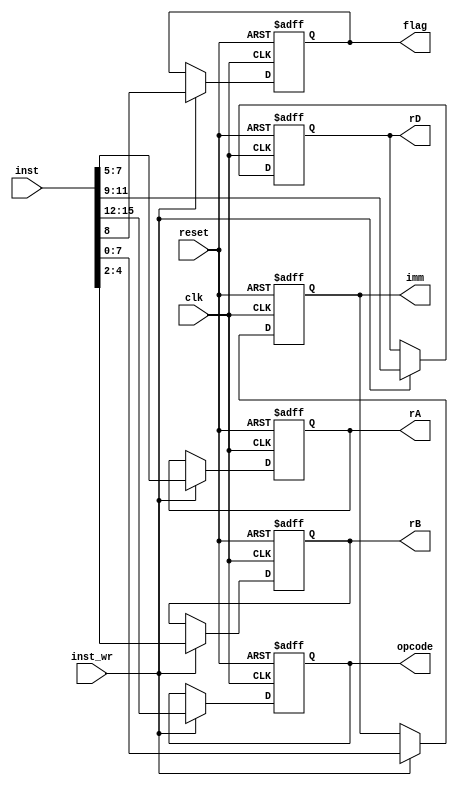
`timescale 1 ns / 1 ps

module instr_decoder (reset,clk,inst_wr,inst,opcode,rD,rA,rB,imm,flag);

input reset, clk,inst_wr;
input [15:0] inst;
output reg [3:0] opcode;
output reg [2:0] rD, rA, rB;
output reg [7:0] imm;
output reg flag;

always @(posedge clk or posedge reset)
begin
	if (reset == 1)  
	begin
		opcode <= 4'b0;
		rD <= 3'b0;
		rA <= 3'b0;
		rB <= 3'b0;
		imm <= 8'b0;
		flag <= 1'b0;
	end

	else
	begin
		if (inst_wr == 1)  
		begin
			opcode <= inst[15:12];
			rD <= inst[11:9];
			flag <= inst[8];
			rA <= inst[7:5];
			rB <= inst[4:2];
			imm <= inst[7:0]; //imm goes to immediate operation not ALU 
		end
	end
end
endmodule